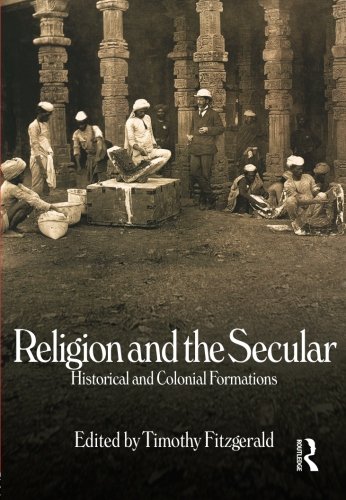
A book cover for Religion and the Secular: Historical and Colonial Formations; Timothy Fitzgerald; Religion & Spirituality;